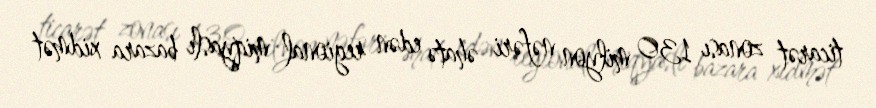
ticarət zonası 130 milyon nəfəri əhatə edən regional miqyaslı bazara xidmət